Report on vaccination in the Province of Bengal - 1869-1873
Year: 1869
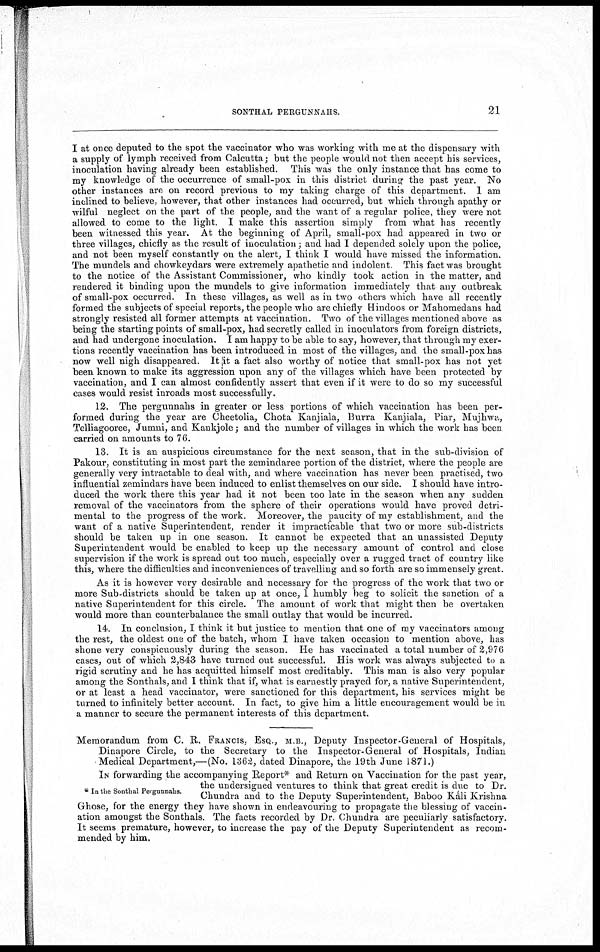
SONTHAL PERGUNNAHS.
21
I at once deputed to the spot the vaccinator who was working with me at the dispensary with
a supply of lymph received from Calcutta; but the people would not then accept his services,
inoculation having already been established. This was the only instance that has come to
my knowledge of the occurrence of small-pox in this district during the past year. No
other instances are on record previous to my taking charge of this department. 1 am
inclined to believe, however, that other instances had occurred, but which through apathy or
wilful neglect on the part of the people, and the want of a regular police, they were not
allowed to come to the light. I make this assertion simply from what has recently
been witnessed this year. At the beginning of April, small-pox had appeared in two or
three villages, chiefly as the result of inoculation; and had I depended solely upon the police,
and not been myself constantly on the alert, I think I would have missed the information.
The mundels and chowkeydars were extremely apathetic and indolent This fact was brought
to the notice of the Assistant Commissioner, who kindly took action in the matter, and
rendered it binding upon the mundels to give information immediately that any outbreak
of small-pox occurred. In these villages, as well as in two others which have all recently
formed the subjects of special reports, the people who are chiefly Hindoos or Mahomedans had
strongly resisted all former attempts at vaccination. Two of the villages mentioned above as
being the starting points of small-pox, had secretly called in inoculators from foreign districts,
and had undergone inoculation. I am happy to be able to say, however, that through my exer-
tions recently vaccination has been introduced in most of the villages, and the small-pox has
now well nigh disappeared. It it a fact also worthy of notice that small-pox has not yet
been known to make its aggression upon any of the villages which have been protected by
vaccination, and I can almost confidently assert that even if it were to do so my successful
cases would resist inroads most successfully.
12. The pergunnahs in greater or less portions of which vaccination has been per-
formed during the year are Cheetolia, Chota Kanjiala, Burra Kanjiala, Piar, Mujhwa,
Telliagooree, Jumni, and Kankjole; and the number of villages in which the work has been
carried on amounts to 76.
13. It is an auspicious circumstance for the next season, that in the sub-division of
Pakour, constituting in most part the zemindaree portion of the district, where the people are
generally very intractable to deal with, and where vaccination has never been practised, two
influential zemindars have been induced to enlist themselves on our side. I should have intro-
duced the work there this year had it not been too late in the season when any sudden
removal of the vaccinators from the sphere of their operations would have proved detri-
mental to the progress of the work. Moreover, the paucity of my establishment, and the
want of a native Superintendent, render it impracticable that two or more sub-districts
should be taken up in one season. It cannot be expected that an unassisted Deputy
Superintendent would be enabled to keep up the necessary amount of control and close
supervision if the work is spread out too much, especially over a rugged tract of country like
this, where the difficulties and inconveniences of travelling and so forth are so immensely great.
As it is however very desirable and necessary for the progress of the work that two or
more Sub-districts should be taken up at once, 1 humbly beg to solicit the sanction of a
native Superintendent for this circle. The amount of work that might then be overtaken
would more than counterbalance the small outlay that would be incurred.
14. In conclusion, I think it but justice to mention that one of my vaccinators among
the rest, the oldest one of the batch, whom I have taken occasion to mention above, has
shone very conspicuously during the season. He has vaccinated a total number of 2,976
cases, out of which 2,843 have turned out successful. His work was always subjected to a
rigid scrutiny and he has acquitted himself most creditably. This man is also very popular
among the Sonthals, and I think that if, what is earnestly prayed for, a native Superintendent,
or at least a head vaccinator, were sanctioned for this department, his services might be
turned to infinitely better account. In fact, to give him a little encouragement would be in
a manner to secure the permanent interests of this department.
Memorandum from C. R. FRANCIS, ESQ., M.B., Deputy Inspector-General of Hospitals,
Dinapore Circle, to the Secretary to the Inspector-General of Hospitals, Indian
Medical Department,—(No. 1362, dated Dinapore, the 19th June 1871.)
* In the Sonthal Pergunnahs.
IN forwarding the accompanying Report* and Return on Vaccination for the past year,
the undersigned ventures to think that great credit is due to Dr.
Chundra and to the Deputy Superintendent, Baboo Kali Krishna
Ghose, for the energy they have shown in endeavouring to propagate the blessing of vaccin-
ation amongst the Sonthals. The facts recorded by Dr. Chundra are peculiarly satisfactory.
It seems premature, however, to increase the pay of the Deputy Superintendent as recom-
mended by him.